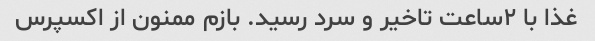
غذا با ٢ساعت تاخیر و سرد رسید. بازم ممنون از اکسپرس